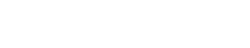
အမေ့ရေ ကျွန်းစုများအား ၁၀+၁